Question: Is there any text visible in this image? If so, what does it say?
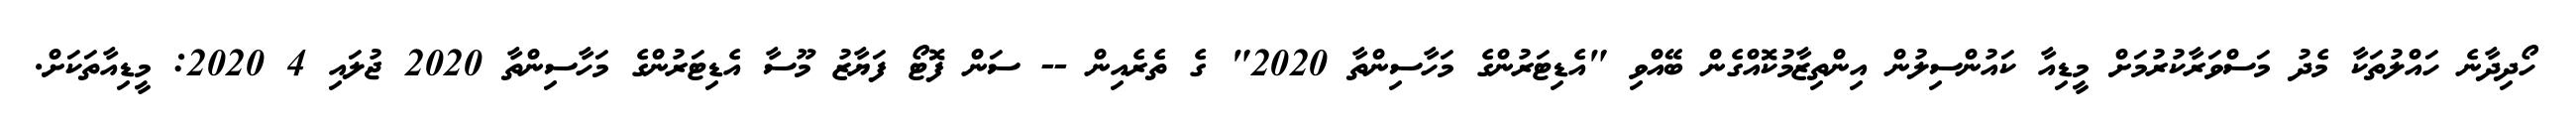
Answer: ހޯދިދާނެ ހައްލުތަކާ މެދު މަސްވަރާކުރުމަށް މީޑިއާ ކައުންސިލުން އިންތިޒާމުކޮއްގެން ބޭއްވި "އެޑިޓަރުންގެ މަހާސިންތާ 2020" ގެ ތެރެއިން -- ސަން ފޮޓޯ ފަޔާޒު މޫސާ އެޑިޓަރުންގެ މަހާސިންތާ 2020 ޖުލައި 4 2020: މީޑިއާތަކަށް.